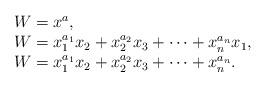
LaTeX: \begin{align*}\begin{array}{rl} & W = x^{a}, \\ & W = x_{1}^{a_{1}}x_{2} + x_{2}^{a_{2}}x_{3} + \dots + x_{n}^{a_{n}}x_{1}, \\ & W = x_{1}^{a_{1}}x_{2} + x_{2}^{a_{2}}x_{3} + \dots + x_{n}^{a_{n}}.\end{array}\end{align*}